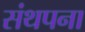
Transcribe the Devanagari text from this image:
संथपना